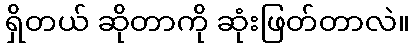
ရှိတယ် ဆိုတာကို ဆုံးဖြတ်တာလဲ။